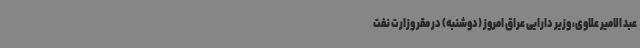
عبد الامیر علاوی، وزیر دارایی عراق امروز (دوشنبه) در مقر وزارت نفت